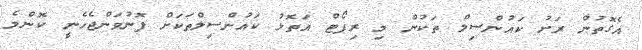
އެގޮތުން ރަށު ކައުންސިލް ތަކުން މި ރިޕޯޓް އަތޮޅު ކައުންސިލްތަކަށް ފޮނުވަންޖެހެނީ ކޮންމެ